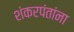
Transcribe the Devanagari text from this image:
शंकरपंतांना